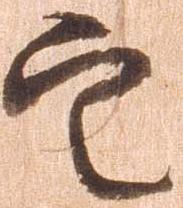
定